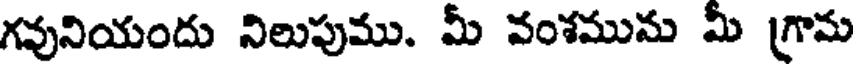
గవునియందు నిలుపుము. మీ వంశమును మీ గ్రామ